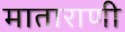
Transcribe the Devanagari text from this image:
माताराणी